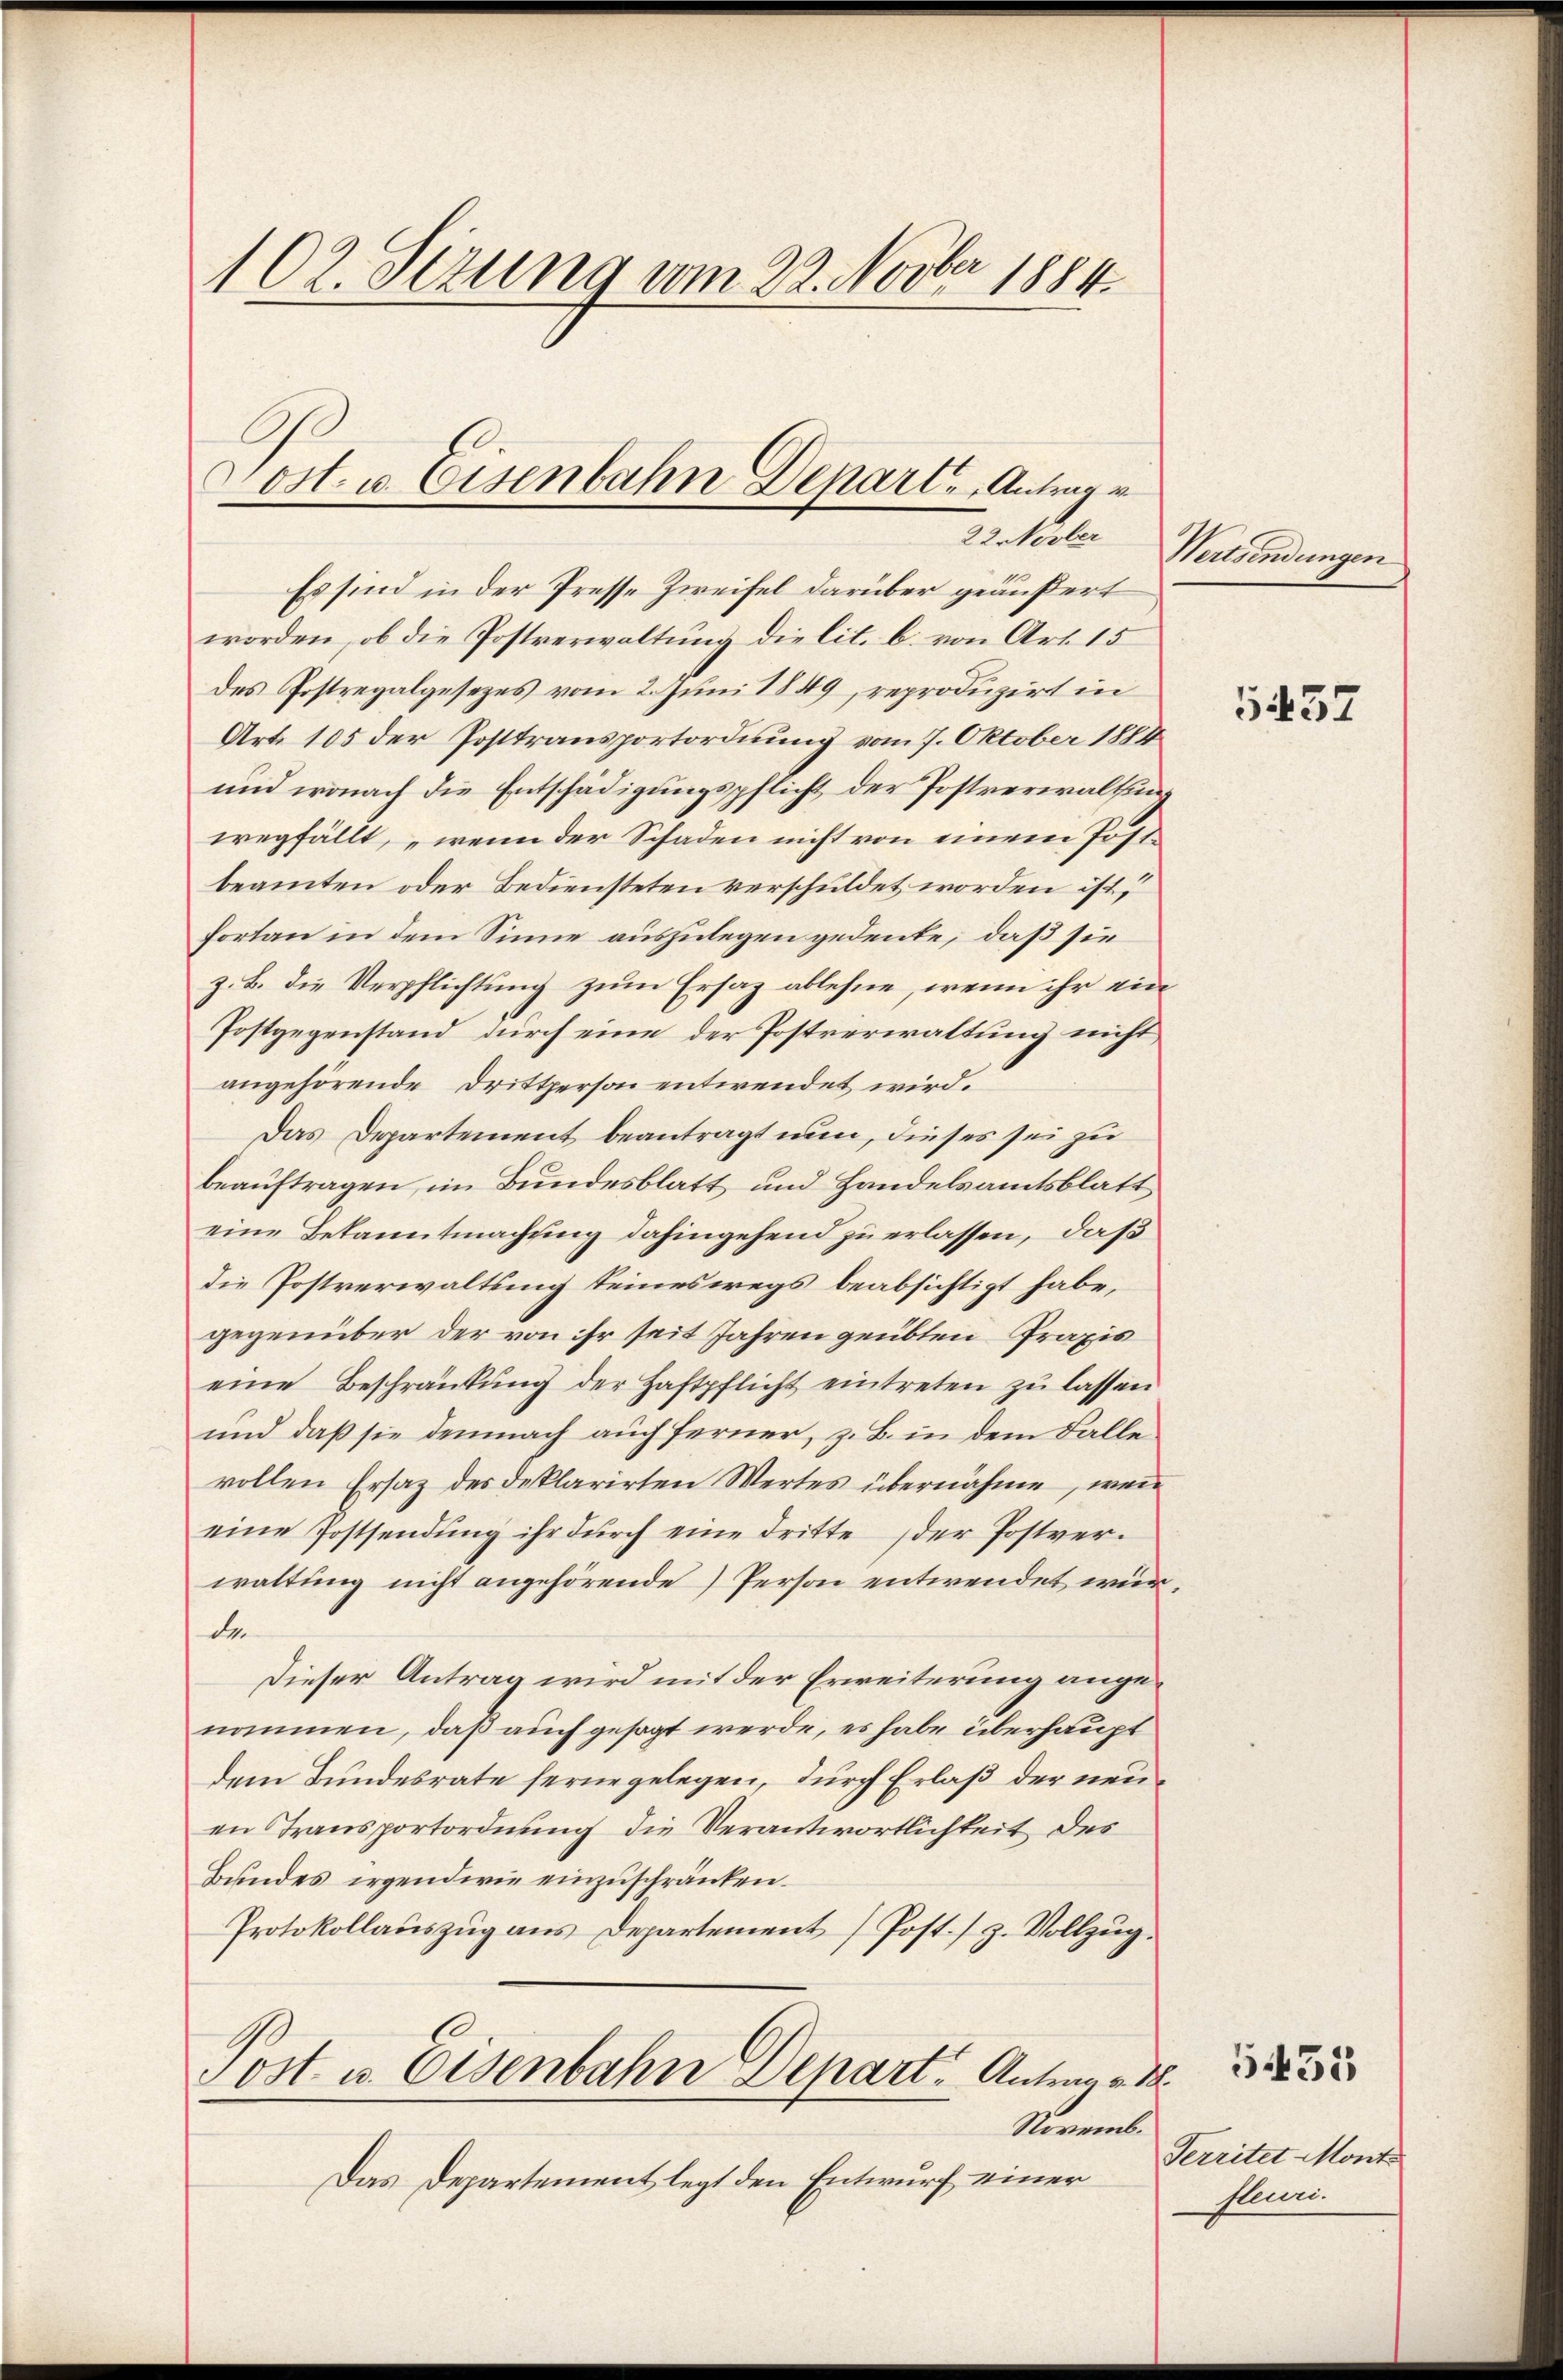
102. Sezung vom 22. Novber 1884.
Cost. u. Eisenbahn Depart. Antrage

22. Novber

Es sind in der Presse Zweifel darüber geäußert
worden, ob die Postverwaltung die lit. b. von Art. 15
des Postregalgesezes vom 2. Juni 1849, reproduzirt in
Art. 105 der Posttransportordnung vom 7. Oktober 1884
und wonach die Entschädigungspflicht der Postverwaltung
wegfällt, „wenn der Schaden nicht von einem Postbeamten oder Bediensteten verschuldet worden ist,
Portan in dem Sinne auszulegen gedeute, daß sie
z. B. die Verpflichtung zum Ersaz ablehne, wenn ihr ein
Postgegenstand durch eine der Postverwaltung nicht,
angehörende Drittperson entwendet wird.
Das Departement beantragt nun, dieses sei zu
beauftragen, im Bundesblatt und Handelsamtsblatt
eine Bekanntmachung dahingehend zu erlassen, daß
die Postverwaltung seineswegs beabsichtigt habe,
gegenüber der von ihr seit Jahren geübten Praxis
eine Beschränkung der Haftpflicht eintreten zu lassen
und daß sie demnach auch ferner, z. B. in dem Falle
vollen Ersatz des deklarirten Wertes übernähme, wenn
eine Postsendung ihr dŭrch eine dritte der Postverwaltung nicht angehörende Person entwendet wurde
Dieser Antrag wird mit der Erweiterung angenommen, daß auch gesagt werde, es habe überhaupt
dem Bundesrate ferne gelegen, durch Erlaß der neuen Transportordnung die Verantwortlichkeit des
Bundes irgendwie einzuschränken.
Protokollauszug aus Departement [Post./ z. Vollzug.
Post u. Eisenbahn Depart. Antrag v. M.
Novemb.
Das Departement, legt den Entwurf einer

Wertsendungen

5437

Territet Mont
fleuri.

535